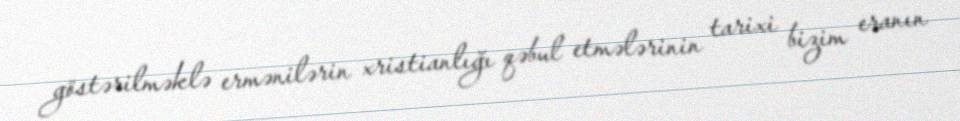
göstərilməklə ermənilərin xristianlığı qəbul etmələrinin tarixi bizim eranın